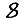
Digit: 8